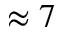
\approx 7